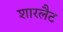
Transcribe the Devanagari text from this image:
शारलैट